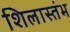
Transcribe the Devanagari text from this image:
शिलास्तंभ